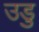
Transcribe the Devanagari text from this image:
उडु